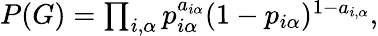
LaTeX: \begin{array}{r}{P(G)=\prod_{i,\alpha}p_{i\alpha}^{a_{i\alpha}}(1-p_{i\alpha})^{1-a_{i,\alpha}},}\end{array}